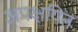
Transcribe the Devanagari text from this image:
अपक्षयित